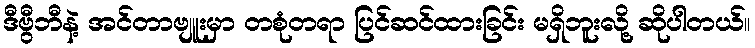
ဒီဗွီဘီနဲ့ အင်တာဗျူးမှာ တစုံတရာ ပြင်ဆင်ထားခြင်း မရှိဘူးလို့ ဆိုပါတယ်။